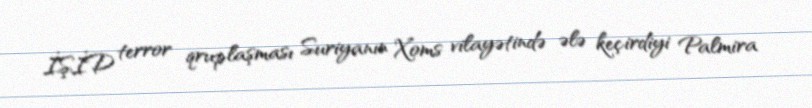
İŞİD terror qruplaşması Suriyanın Xoms vilayətində ələ keçirdiyi Palmira